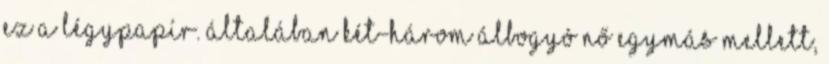
Ez a légypapír. Általában két-három álbogyó nő egymás mellett,